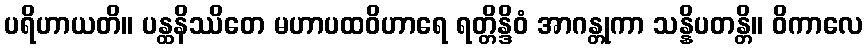
ပရိဟာယတိ။ ပန္ထနိဿိတေ မဟာပထဝိဟာရေ ရတ္တိန္ဒိဝံ အာဂန္တုကာ သန္နိပတန္တိ။ ဝိကာလေ